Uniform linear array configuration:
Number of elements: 4
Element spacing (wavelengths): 0.25
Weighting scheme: hamming
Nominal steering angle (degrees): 15
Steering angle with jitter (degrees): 14.464
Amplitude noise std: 0.05
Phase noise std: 0.05

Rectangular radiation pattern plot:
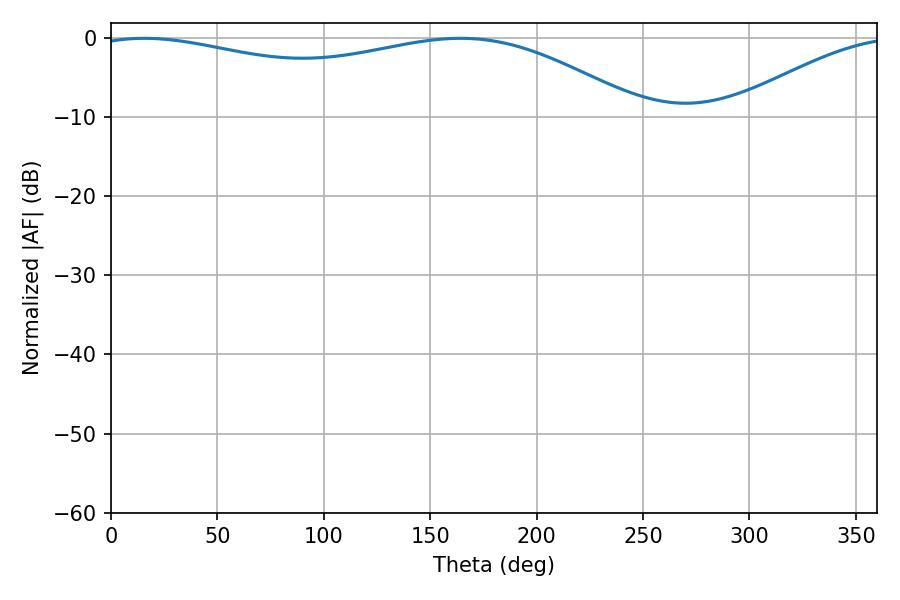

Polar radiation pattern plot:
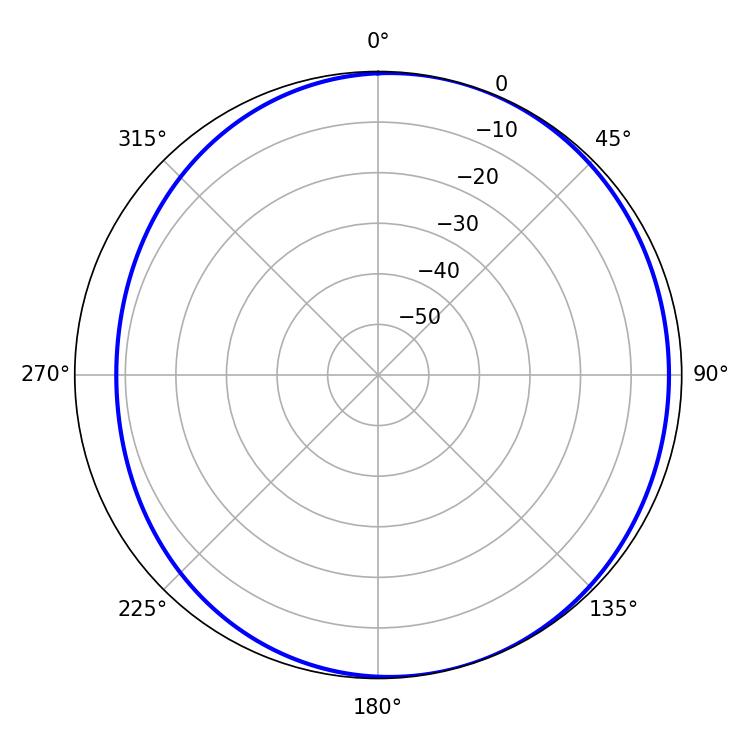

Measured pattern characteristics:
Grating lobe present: FALSE
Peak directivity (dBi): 3.72
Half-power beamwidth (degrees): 211.14
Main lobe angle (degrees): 15.66